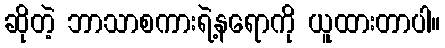
ဆိုတဲ့ ဘာသာစကားရဲ့နရောကို ယူထားတာပါ။